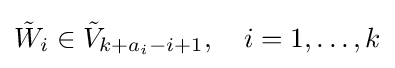
{\tilde {W}}_{i}\in {\tilde {V}}_{k+a_{i}-i+1},\quad i=1,\dots ,k